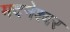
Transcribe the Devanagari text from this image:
मदनेश्वर